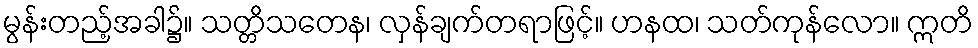
မွန်းတည့်အခါ၌။ သတ္တိသတေန၊ လှန်ချက်တရာဖြင့်။ ဟနထ၊ သတ်ကုန်လော။ ဣတိ